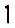
1